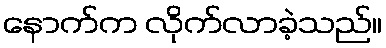
နောက်က လိုက်လာခဲ့သည်။